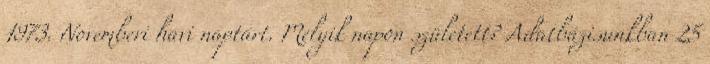
1973. Novemberi havi naptárt. Melyik napon született? Adatbázisunkban 25